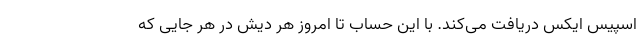
اسپیس ایکس دریافت می‌کند. با این حساب تا امروز هر دیش در هر جایی که